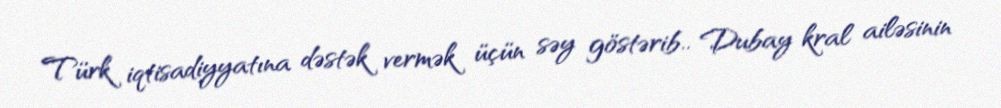
Türk iqtisadiyyatına dəstək vermək üçün səy göstərib.. Dubay kral ailəsinin